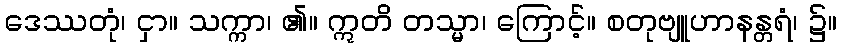
ဒေဿတုံ၊ ငှာ။ သက္ကာ၊ ၏။ ဣတိ တသ္မာ၊ ကြောင့်။ စတုဗျူဟာနန္တရံ၊ ၌။